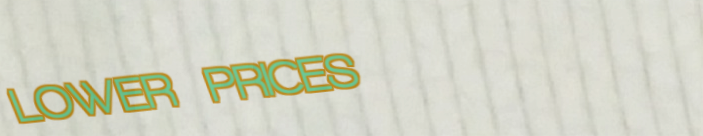
LOWER PRICES